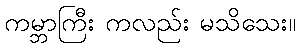
ကမ္ဘာကြီး ကလည်း မသိသေး။